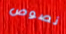
نصوص